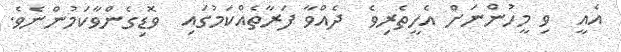
އެއީ  ވި މީހުންނަށް އެހީތެރިވެ  ދެއްވާ ފަރާތެއްކަމުގައި  ވޮޑިގެންވާކަމުންނެވެ.